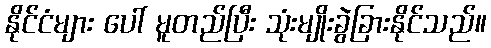
နိုင်ငံများ ပေါ် မူတည်ပြီး သုံးမျိုးခွဲခြားနိုင်သည်။